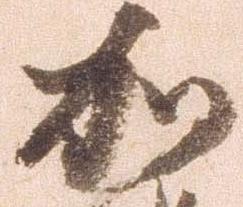
加